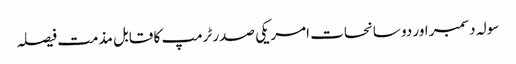
سولہ دسمبر اور دو سانحات	 امریکی صدر ٹرمپ کا قابل مذمت فیصلہ